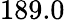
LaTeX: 189.0